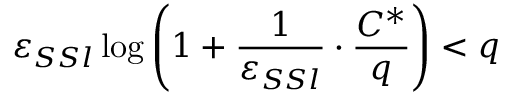
\varepsilon _ { S S l } \log \left( 1 + \frac { 1 } { \varepsilon _ { S S l } } \cdot \frac { C ^ { * } } { q } \right) < q